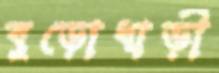
বুড়োধাড়ী